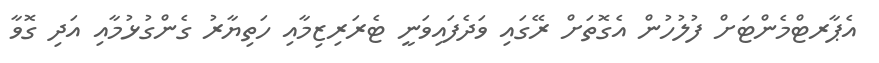
އެޕާރޓްމެންޓަށް ފުލުހުން އެގޮތަށް ރޭގައި ވަދެފައިވަނީ ޓެރަރިޒިމާއި ހަތިޔާރު ގެންގުޅުމާއި އަދި ގޮވާ